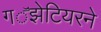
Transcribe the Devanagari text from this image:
गॕझेटियरने